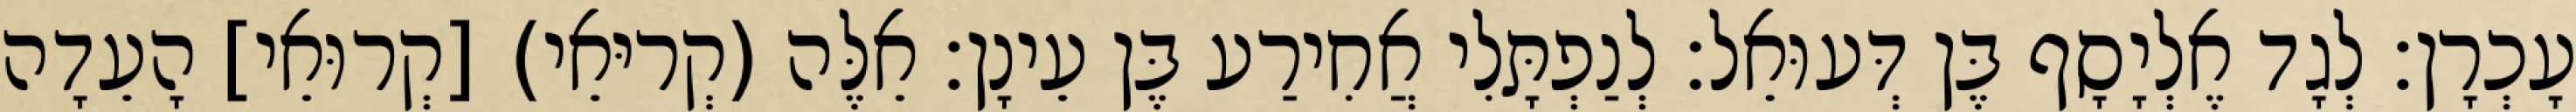
עָכְרָן׃ לְגָד אֶלְיָסָף בֶּן דְּעוּאֵל׃ לְנַפְתָּלִי אֲחִירַע בֶּן עֵינָן׃ אֵלֶּה (קְריּאֵי) [קְרוּאֵי] הָעֵדָה